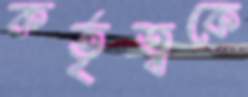
কর্তৃত্বকে